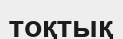
тоқтық